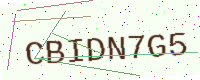
Text: CBIDN7G5